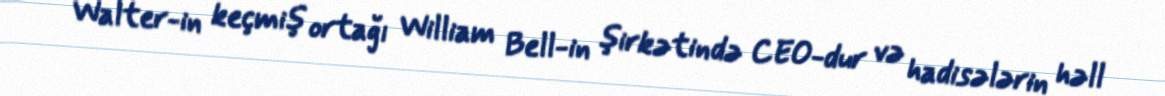
Walter-in keçmiş ortağı William Bell-in şirkətində CEO-dur və hadisələrin həll